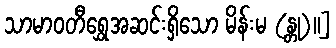
သာမာဝတီရွှေအဆင်းရှိသော မိန်းမ (န္တု)။]